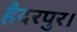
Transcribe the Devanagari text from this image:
हैदरपुर।